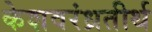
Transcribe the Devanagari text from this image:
केशवरंध्रतीर्थ